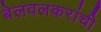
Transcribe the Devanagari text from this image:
बेलवलकरांची